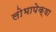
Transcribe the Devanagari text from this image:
लोभापेक्षा